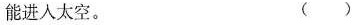
能进入太空。 ( )